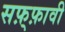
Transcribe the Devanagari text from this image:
सफ़्फ़ावी